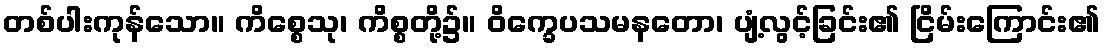
တစ်ပါးကုန်သော။ ကိစ္စေသု၊ ကိစ္စတို့၌။ ဝိက္ခေပသမနတော၊ ပျံ့လွင့်ခြင်း၏ ငြိမ်းကြောင်း၏